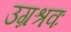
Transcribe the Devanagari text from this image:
उग्रश्रवः